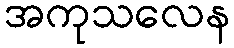
အကုသလေန